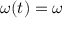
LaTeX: \omega ( t ) = \omega